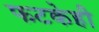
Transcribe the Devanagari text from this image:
फटकेही